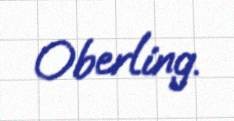
Oberling.